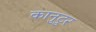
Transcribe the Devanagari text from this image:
कानुटुर